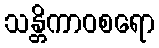
သန္တိကာဝစရော